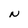
Character: N